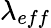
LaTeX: \lambda_{eff}